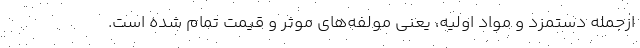
ازجمله دستمزد و مواد اولیه، یعنی مولفه‌های موثر و قیمت تمام شده است.